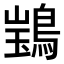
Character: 𫛃